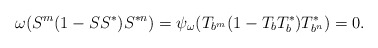
\begin{align*}\omega(S^m(1-SS^*)S^{*n})=\psi_\omega(T_{b^m}(1-T_bT_b^*)T_{b^n}^*)=0.\end{align*}